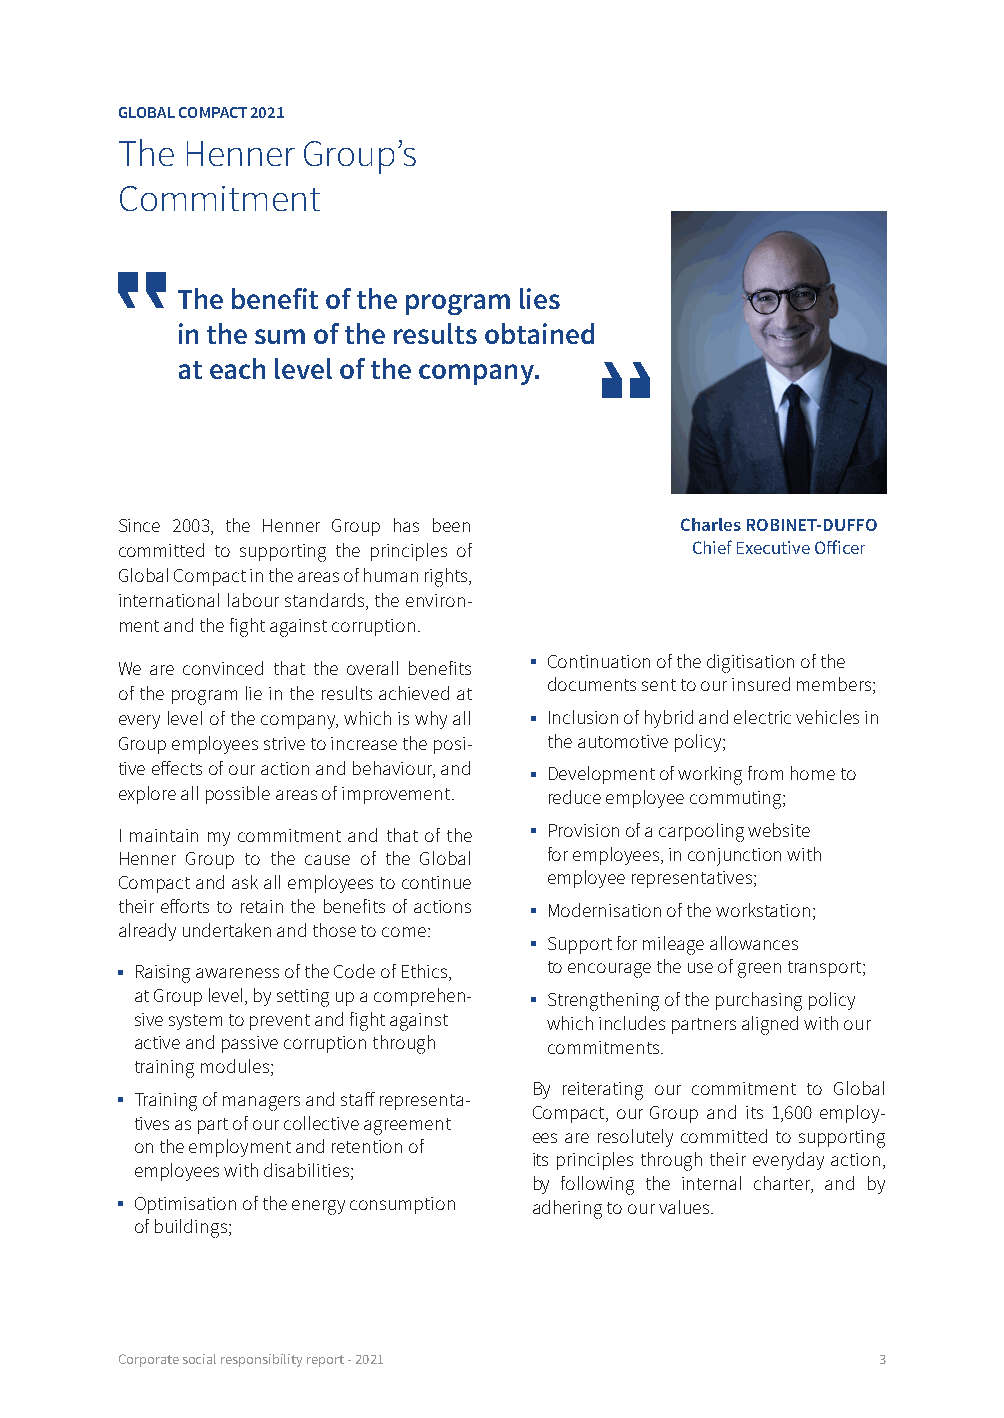
GLOBAL COMPACT 2021
 The Henner  Group’s
 Commitment
 The benefit of the program lies
 in the sum of the results obtained
 at each level of the company.
 Since 2003, the Henner Group has been Charles ROBINET-DUFFO
 committed to supporting the principles of Chief Executive Officer
 Global Compact in the areas of human rights,
 international labour standards, the environ-
 ment and the fight against corruption.
 Continuation of the digitisation of the
 We are convinced that the overall benefits
 documents sent to our insured members;
 of the program lie in the results achieved at
 every level of the company, which is why all Inclusion of hybrid and electric vehicles in
 Group employees strive to increase the posi- the automotive policy;
 tive effects of our action and behaviour, and Development of working from home to
 explore all possible areas of improvement. reduce employee commuting;
 I maintain my commitment and that of the Provision of a carpooling website
 Henner Group to the cause of the Global for employees, in conjunction with
 Compact and ask all employees to continue employee representatives;
 their efforts to retain the benefits of actions Modernisation of the workstation;
 already undertaken and those to come:
 Support for mileage allowances
 Raising awareness of the Code of Ethics, to encourage the use of green transport;
 at Group level, by setting up a comprehen- Strengthening of the purchasing policy
 sive system to prevent and fight against which includes partners aligned with our
 active and passive corruption through commitments.
 training modules;
 By reiterating our commitment to Global
 Training of managers and staff representa-
 Compact, our Group and its 1,600 employ-
 tives as part of our collective agreement
 ees are resolutely committed to supporting
 on the employment and retention of
 its principles through their everyday action,
 employees with disabilities;
 by following the internal charter, and by
 Optimisation of the energy consumption adhering to our values.
 of buildings;
 Corporate social responsibility report - 2021     3